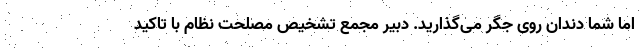
اما شما دندان روی جگر می‌گذارید. دبیر مجمع تشخیص مصلحت نظام با تاکید